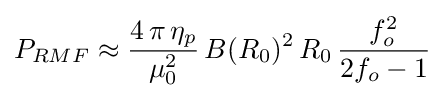
P_{RMF}\approx {\frac {4\,\pi \,\eta _{p}}{\mu _{0}^{2}}}\,B(R_{0})^{2}\,R_{0}\,{\frac {f_{o}^{2}}{2f_{o}-1}}